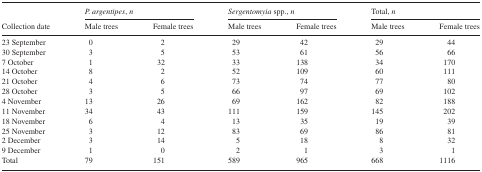
| <ROWSPAN=2> Collection date | <COLSPAN=2> P. argentipes, n | <COLSPAN=2> Sergentomyia spp., n | <COLSPAN=2> Total, n |
 | Male trees | Female trees | Male trees | Female trees | Male trees | Female trees |
 | --- | --- | --- | --- | --- | --- | --- |
 | 23 September | 0 | 2 | 29 | 42 | 29 | 44 |
 | 30 September | 3 | 5 | 53 | 61 | 56 | 66 |
 | 7 October | 1 | 32 | 33 | 138 | 34 | 170 |
 | 14 October | 8 | 2 | 52 | 109 | 60 | 111 |
 | 21 October | 4 | 6 | 73 | 74 | 77 | 80 |
 | 28 October | 3 | 5 | 66 | 97 | 69 | 102 |
 | 4 November | 13 | 26 | 69 | 162 | 82 | 188 |
 | 11 November | 34 | 43 | 111 | 159 | 145 | 202 |
 | 18 November | 6 | 4 | 13 | 35 | 19 | 39 |
 | 25 November | 3 | 12 | 83 | 69 | 86 | 81 |
 | 2 December | 3 | 14 | 5 | 18 | 8 | 32 |
 | 9 December | 1 | 0 | 2 | 1 | 3 | 1 |
 | Total | 79 | 151 | 589 | 965 | 668 | 1116 |